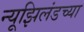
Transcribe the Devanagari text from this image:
न्यूझिलंडच्या